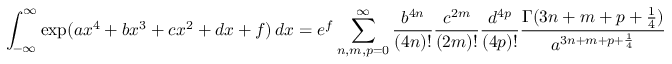
\int _ { - \infty } ^ { \infty } \exp ( { a x ^ { 4 } + b x ^ { 3 } + c x ^ { 2 } + d x + f } ) \, d x = e ^ { f } \sum _ { n , m , p = 0 } ^ { \infty } { \frac { b ^ { 4 n } } { ( 4 n ) ! } } { \frac { c ^ { 2 m } } { ( 2 m ) ! } } { \frac { d ^ { 4 p } } { ( 4 p ) ! } } { \frac { \Gamma ( 3 n + m + p + { \frac { 1 } { 4 } } ) } { a ^ { 3 n + m + p + { \frac { 1 } { 4 } } } } }